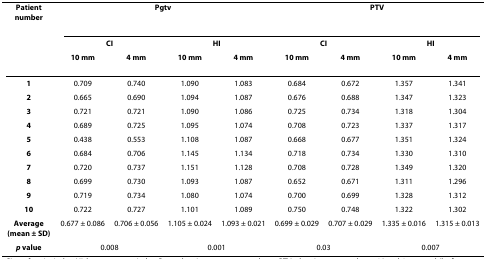
<table><thead><tr><td><b>Patient number</b></td><td colspan="4"><b>Pgtv</b></td><td colspan="4"><b>PTV</b></td></tr><tr><td></td><td colspan="2"><b>CI</b></td><td colspan="2"><b>HI</b></td><td colspan="2"><b>CI</b></td><td colspan="2"><b>HI</b></td></tr><tr><td></td><td><b>10 mm</b></td><td><b>4 mm</b></td><td><b>10 mm</b></td><td><b>4 mm</b></td><td><b>10 mm</b></td><td><b>4 mm</b></td><td><b>10 mm</b></td><td><b>4 mm</b></td></tr></thead><tbody><tr><td><b>1</b></td><td>0.709</td><td>0.740</td><td>1.090</td><td>1.083</td><td>0.684</td><td>0.672</td><td>1.357</td><td>1.341</td></tr><tr><td><b>2</b></td><td>0.665</td><td>0.690</td><td>1.094</td><td>1.087</td><td>0.676</td><td>0.688</td><td>1.347</td><td>1.323</td></tr><tr><td><b>3</b></td><td>0.721</td><td>0.721</td><td>1.090</td><td>1.086</td><td>0.725</td><td>0.734</td><td>1.318</td><td>1.304</td></tr><tr><td><b>4</b></td><td>0.689</td><td>0.725</td><td>1.095</td><td>1.074</td><td>0.708</td><td>0.723</td><td>1.337</td><td>1.317</td></tr><tr><td><b>5</b></td><td>0.438</td><td>0.553</td><td>1.108</td><td>1.087</td><td>0.668</td><td>0.677</td><td>1.351</td><td>1.324</td></tr><tr><td><b>6</b></td><td>0.684</td><td>0.706</td><td>1.145</td><td>1.134</td><td>0.718</td><td>0.734</td><td>1.330</td><td>1.310</td></tr><tr><td><b>7</b></td><td>0.720</td><td>0.737</td><td>1.151</td><td>1.128</td><td>0.708</td><td>0.728</td><td>1.349</td><td>1.320</td></tr><tr><td><b>8</b></td><td>0.699</td><td>0.730</td><td>1.093</td><td>1.087</td><td>0.652</td><td>0.671</td><td>1.311</td><td>1.296</td></tr><tr><td><b>9</b></td><td>0.719</td><td>0.734</td><td>1.080</td><td>1.074</td><td>0.700</td><td>0.699</td><td>1.328</td><td>1.312</td></tr><tr><td><b>10</b></td><td>0.722</td><td>0.727</td><td>1.101</td><td>1.089</td><td>0.750</td><td>0.748</td><td>1.322</td><td>1.302</td></tr><tr><td><b>Average (mean ± SD)</b></td><td>0.677 ± 0.086</td><td>0.706 ± 0.056</td><td>1.105 ± 0.024</td><td>1.093 ± 0.021</td><td>0.699 ± 0.029</td><td>0.707 ± 0.029</td><td>1.335 ± 0.016</td><td>1.315 ± 0.013</td></tr><tr><td><b><i>p </i>value</b></td><td colspan="2">0.008</td><td colspan="2">0.001</td><td colspan="2">0.03</td><td colspan="2">0.007</td></tr></tbody></table>